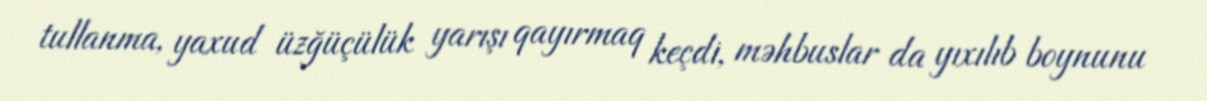
tullanma, yaxud üzğüçülük yarışı qayırmaq keçdi, məhbuslar da yıxılıb boynunu